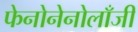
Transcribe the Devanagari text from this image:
फेनोनेनोलाँजी